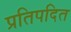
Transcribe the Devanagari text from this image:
प्रतिपदित